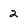
Character: 2